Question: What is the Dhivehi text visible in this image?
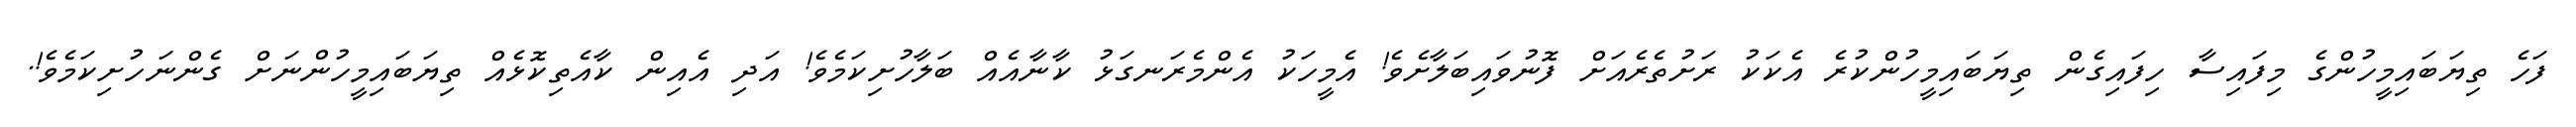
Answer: ފަހެ ތިޔަބައިމީހުންގެ މިފައިސާ ހިފައިގެން ތިޔަބައިމީހުންކުރެ އެކަކު ރަށުތެރެއަށް ފޮނުވައިބަލާށެވެ! އެމީހަކު އެންމެރަނގަޅު ކާނާއެއް ބަލާހުށިކަމެވެ! އަދި އެއިން ކާއެތިކޮޅެއް ތިޔަބައިމީހުންނަށް ގެންނަހުށިކަމެވެ!.